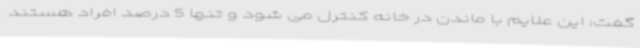
گفت: این علایم با ماندن در خانه کنترل می شود و تنها 5 درصد افراد هستند